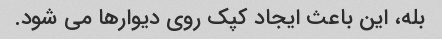
بله، این باعث ایجاد کپک روی دیوارها می شود.